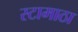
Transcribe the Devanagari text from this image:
स्टामाठा